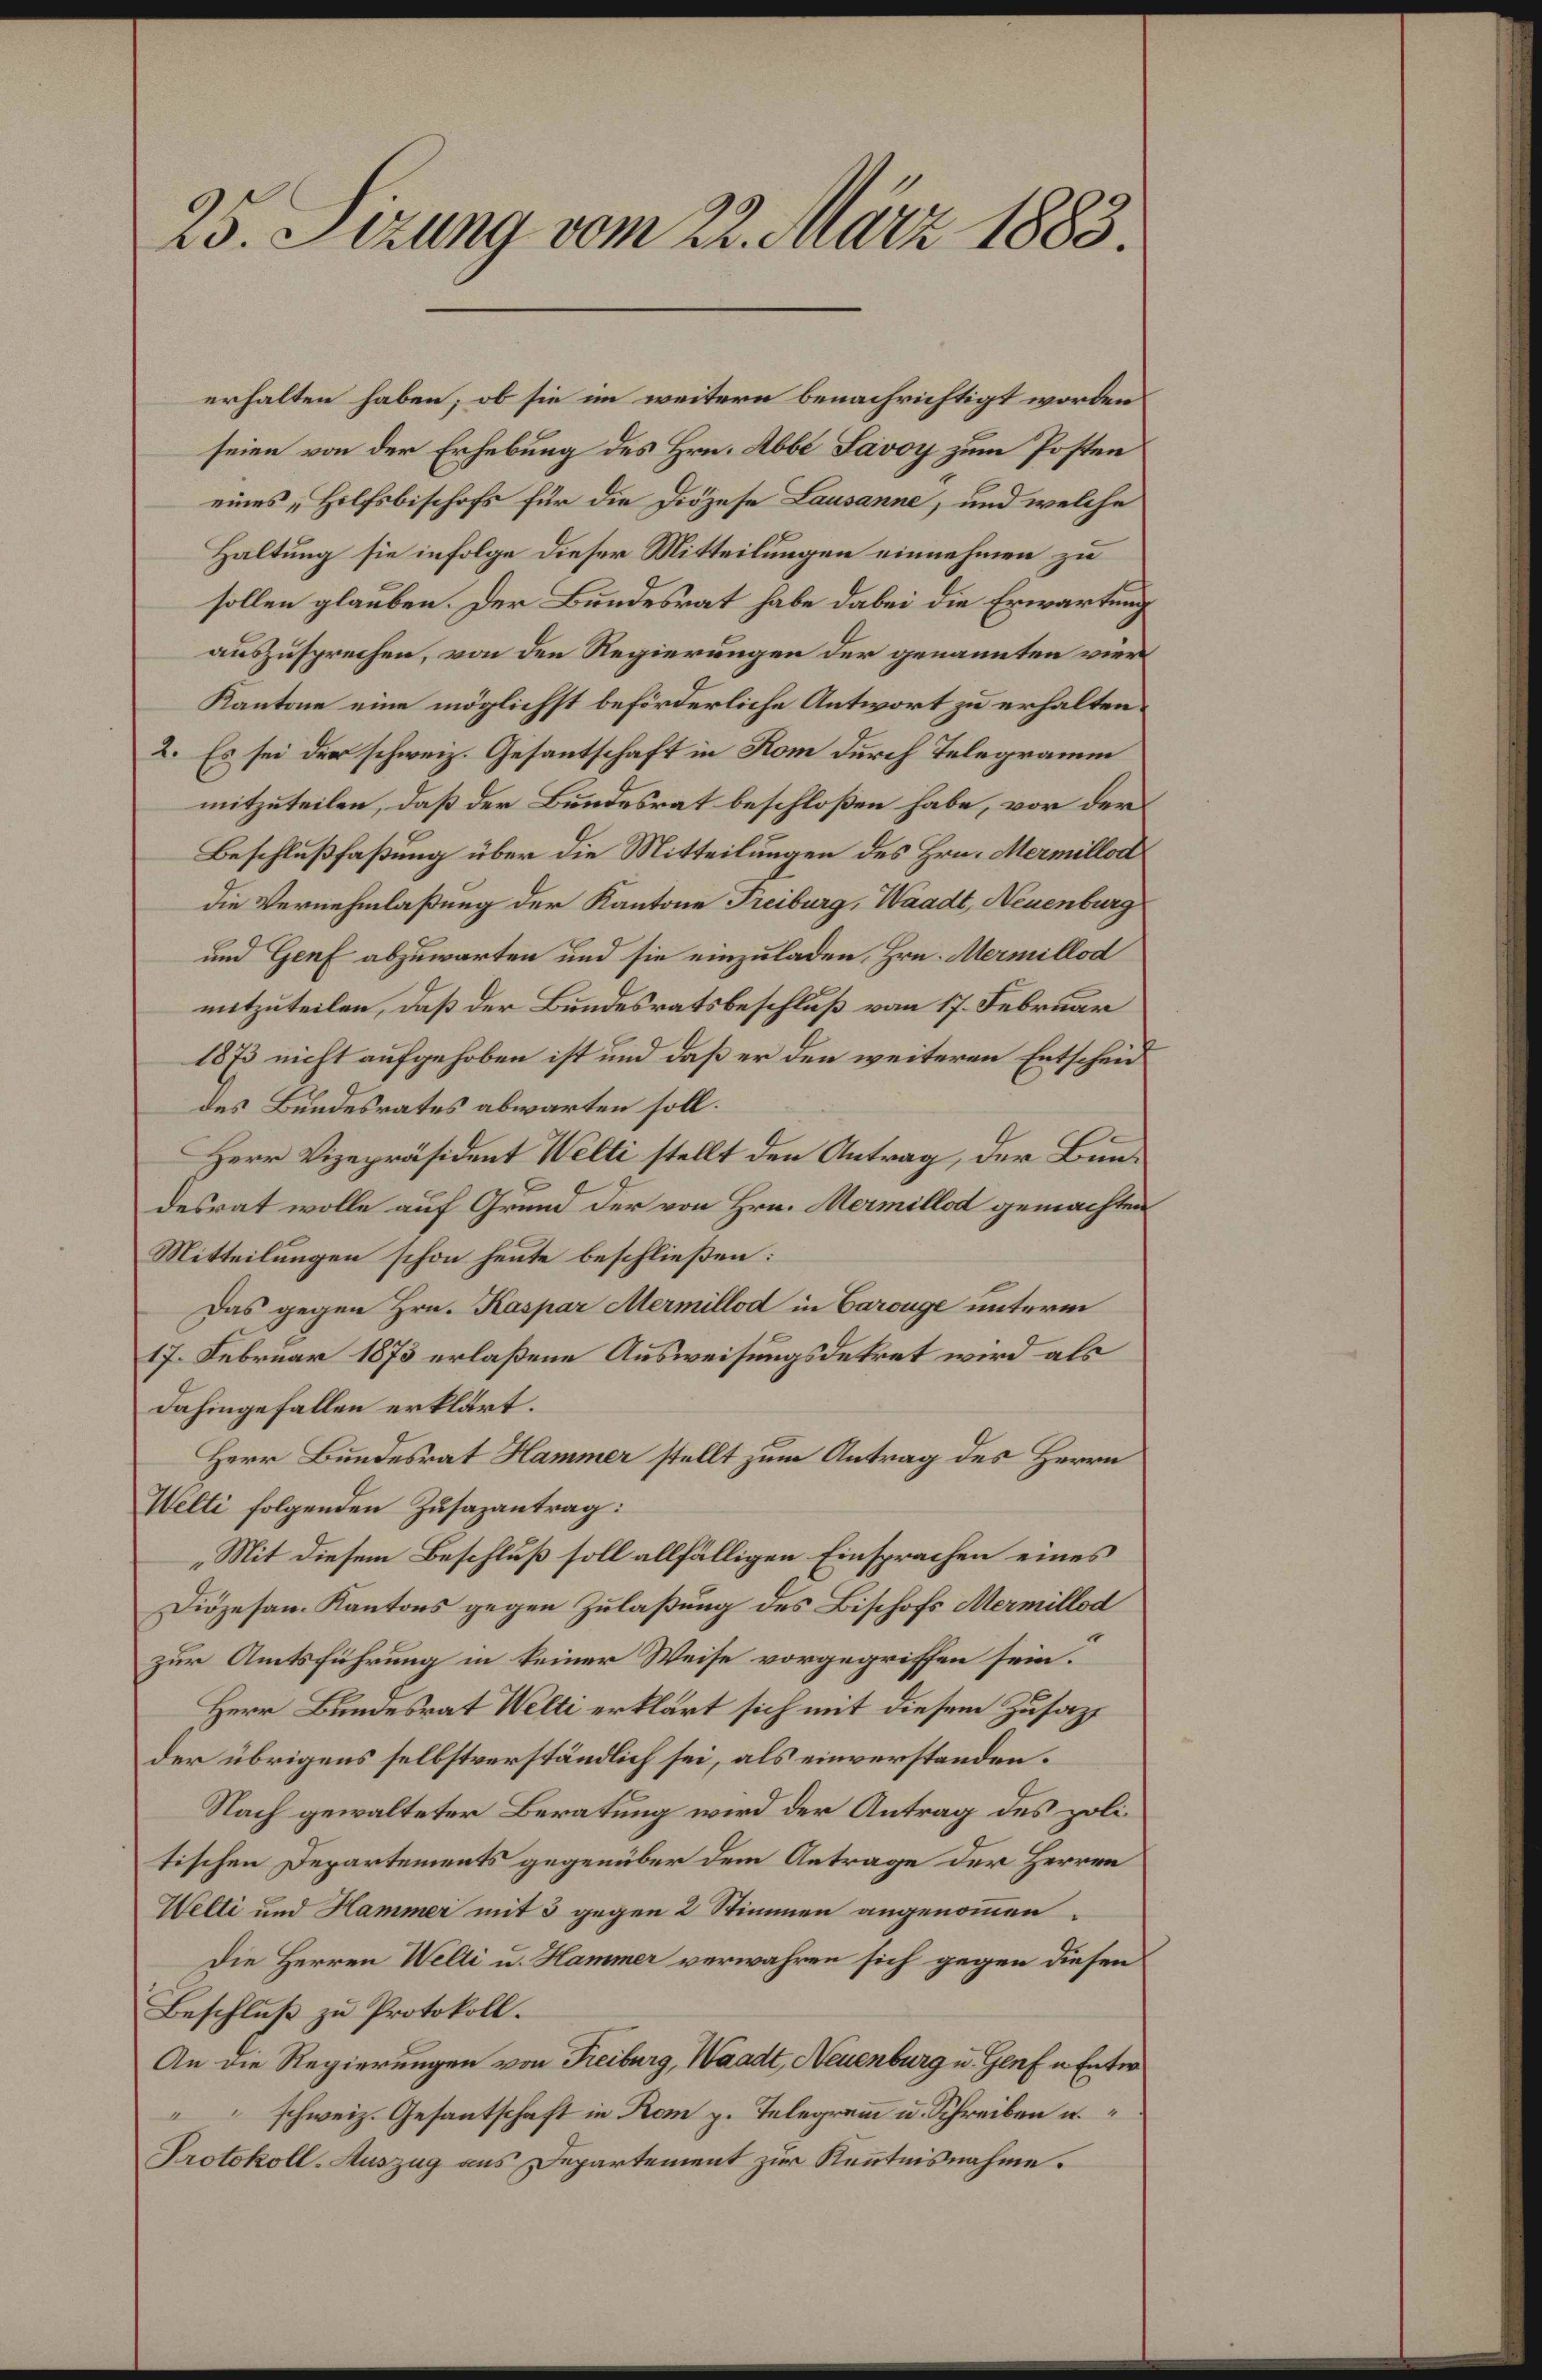
25. Sizung vom 22. März 1883.
erhalten haben, ob sie im weitern benachrichtigt worden
seien von der Erhebung des Hrn. Abbé Savoy zum Posten
eines "Hilfsbischofs für die Diözese Lausanne", und welche
Haltung sie infolge dieser Mitteilungen einnehmen zu
sollen glauben. Der Bundesrat habe dabei die Erwartung
auszusprechen, von den Regierungen der genannten vier
Kantone eine möglichst beförderliche Antwort zu erhalten.
2. Es sei der schweiz. Gesantschaft in Rom durch Telegramm
mitzuteilen, daß der Bundesrat beschloßen habe, vor der
Beschlußfaßung über die Mitteilungen des Hrn. Mermillod
die Vernehmlaßung der Kantone Freiburg, Waadt, Neuenburg
und Genf abzuwarten und sie einzuladen, Hrn. Mermillod
mitzuteilen, daß der Bundesratsbeschluß vom 17. Februar
1873 nicht aufgehoben ist und daß er den weiteren Entscheid
des Bundesrates abwarten soll.
Herr Vizepräsident Welti stellt den Antrag, der Bun¬
desrat wolle auf Grund der von Hrn. Mermillod gemachten
Mitteilungen schon heute beschließen:
Das gegen Hrn. Kaspar Mermillod in Carouge unterm
17. Februar 1873 erlaßene Ausweisungsdekret wird als
dahingefallen erklärt.
Herr Bundesrat Hammer stellt zum Antrag des Herrn
Welti folgenden Zusazantrag:
"Mit diesem Beschluß soll allfälligen Einsprachen eines
Diözesen-Kantons gegen Zulaßung des Bischofs Mermillod
zur Amtsführung in keiner Weise vorgegriffen sein."
Herr Bundesrat Welti erklärt sich mit diesem Zusaz,
der übrigens selbstverständlich sei, als einverstanden.
Nach gewalteter Beratung wird der Antrag des poli¬
tischen Departements gegenüber dem Antrage der Herren
Welti und Hammer mit 3 gegen 2 Stimmen angenom̄en.
Die Herren Welti u. Hammer verwahren sich gegen diesen
Beschluß zu Protokoll.
An die Regierungen von Freiburg, Waadt, Neuenburg u. Genf n. Entw.
" " schweiz. Gesantschaft in Rom p. Telegram̄ u. Schreiben n. "
Protokoll-Auszug ans Departement zur Ken̄tnisnahme.